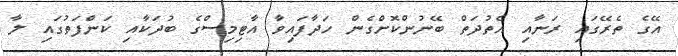
އޭގެ ތެރޭގައި ރަނާއި އެތުދަތް ބޭނުންކޮށްގެން ހަދާފައިވާ އާޓިމިސްގެ ބުދަކާއި ކަންފަތުގައި ލާ